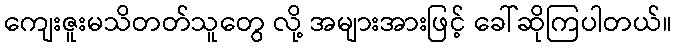
ကျေးဇူးမသိတတ်သူတွေ လို့ အများအားဖြင့် ခေါ်ဆိုကြပါတယ်။